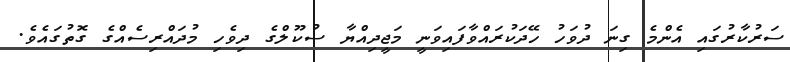
ސަރުކާރުގައި އެންމެ ގިނަ ދުވަހު ހޭދަކުރައްވާފައިވަނީ މަޖީދިއްޔާ ސުކޫލްގެ ދިވެހި މުދައްރިސެއްގެ ގޮތުގައެވެ.